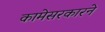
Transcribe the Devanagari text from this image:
कामेसरकारने